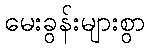
မေးခွန်းများစွာ